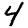
Digit: 4